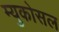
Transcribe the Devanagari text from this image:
म्युकोसल